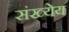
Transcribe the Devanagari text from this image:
संख्येय